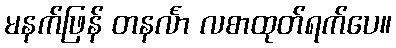
မနက်ဖြန် တနင်္လာ လစာထုတ်ရက်ပေ။